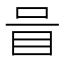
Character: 𱲧